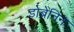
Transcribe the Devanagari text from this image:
डोब्रेनिन